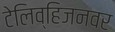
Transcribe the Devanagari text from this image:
टेलिव्हिजनवर